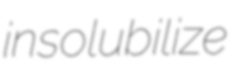
insolubilize